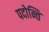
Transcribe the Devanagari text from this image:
पदोन्ति